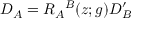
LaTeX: D _ { { \cal A } } = { \cal R } _ { { \cal A } } { } ^ { { \cal B } } ( z ; g ) D _ { { \cal B } } ^ { \prime }